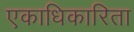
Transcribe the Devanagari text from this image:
एकाधिकारिता